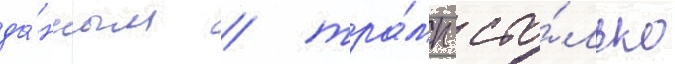
да́нным / тра́мп сто́лько